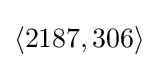
\langle 2187,306\rangle